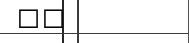
٩١